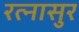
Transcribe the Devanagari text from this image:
रत्‍नासुर